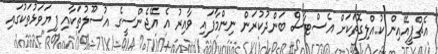
އެޗްޕީއޭއިން ކުއްލިގޮތަކަށް އެސްޓާސް ބަންދުކުރަން ނިންމާފައި ވާއިރު އެ އޭޖެންސީގެ އުސޫލުތަކާއި ފިޔަވަޅުތަކުގައި